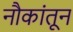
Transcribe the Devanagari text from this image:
नौकांतून